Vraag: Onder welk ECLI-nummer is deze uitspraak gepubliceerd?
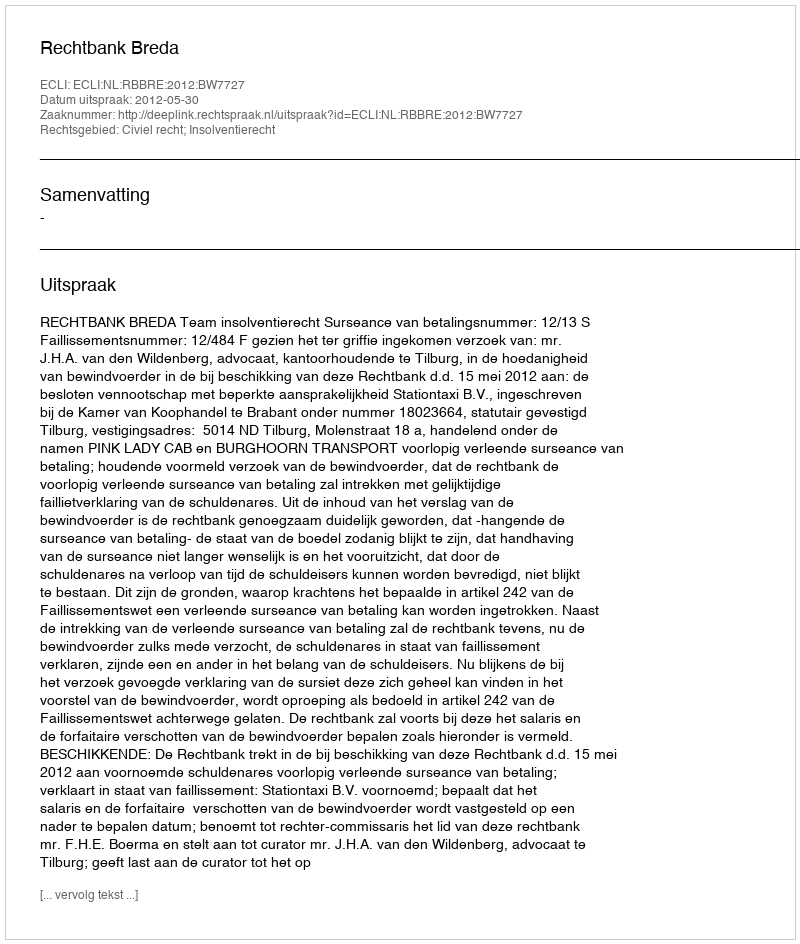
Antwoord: ECLI:NL:RBBRE:2012:BW7727